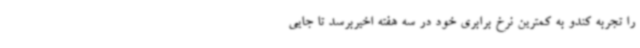
را تجربه کندو به کمترین نرخ برابری خود در سه هفته اخیربرسد تا جایی